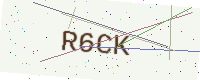
Text: R6CK